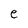
Character: e